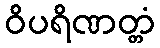
ဝိပရိဏတ္တံ